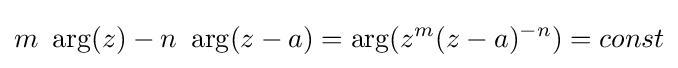
m\ \arg(z)-n\ \arg(z-a)=\arg(z^{m}(z-a)^{-n})=const